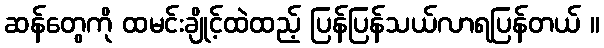
ဆန်တွေကို ထမင်းချိုင့်ထဲထည့် ပြန်ပြန်သယ်လာရပြန်တယ် ။